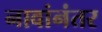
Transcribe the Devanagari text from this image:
नावांनंतर